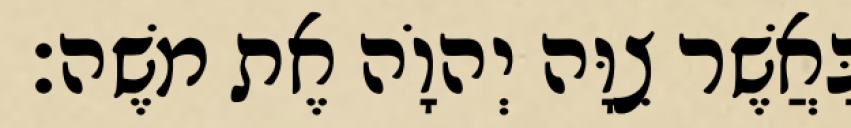
כַּאֲשֶׁר צִוָּה יְהוָֹה אֶת משֶׁה׃